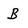
Character: B